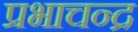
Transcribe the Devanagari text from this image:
प्रभाचन्द्र